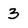
Character: 3